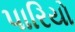
પારિયો